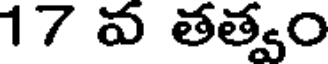
17 వ తత్వం